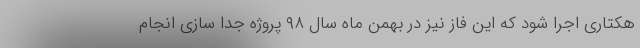
هکتاری اجرا شود که این فاز نیز در بهمن ماه سال ۹۸ پروژه جدا سازی انجام